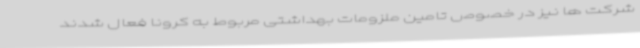
شرکت ها نیز در خصوص تامین ملزومات بهداشتی مربوط به کرونا فعال شدند